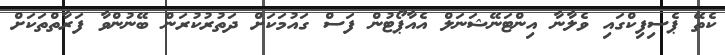
ކެތޭ ޕެސިފިކްގައި ވެލާނާ އިންޓަނޭޝަނަލް އެއާޕޯޓުން ފަސް ގައުމަކަށް ދަތުރުކުރަން ބޭނުންވާ ފަރާތްތަކަށް